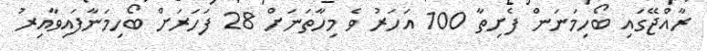
ރާއްޖޭގައި ބޯހިމަނަން ފެށިތާ 100 އަހަރު ވެ މިހާތަނަށް 28 ފަހަރަށް ބޯހިމަނާފައިވާއިރު